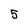
Character: 5